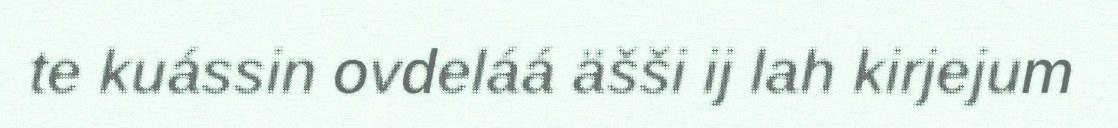
te kuássin ovdeláá äšši ij lah kirjejum